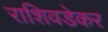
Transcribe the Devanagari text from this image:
राशिवडेकर